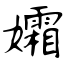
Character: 孀